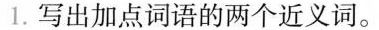
1.写出加点词语的两个近义词。